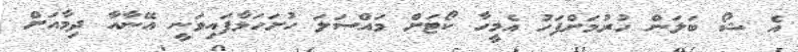
އެ ޝޯ ބަލަން ހުރުމަށްފަހު އެމީހާ ކޯޓަށް މައްސަލަ ހުށަހަޅާފައިވަނީ އޭނާއާ ދިމާއަށް